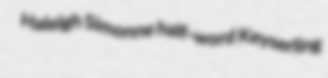
Haleigh Simonne half-word Keyserling